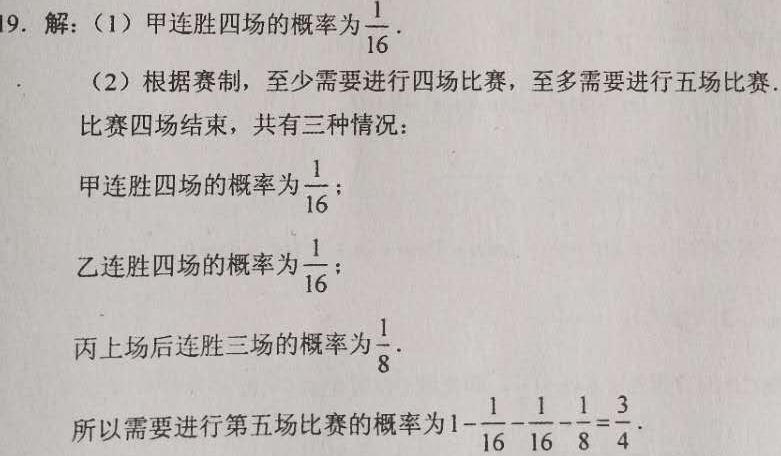
19. 解：（1）甲连胜四场的概率为$\frac{1}{16}$.
（2）根据赛制，至少需要进行四场比赛，至多需要进行五场比赛.
比赛四场结束，共有三种情况：
甲连胜四场的概率为$\frac{1}{16}$；
乙连胜四场的概率为$\frac{1}{16}$；
丙上场后连胜三场的概率为$\frac{1}{8}$.
所以需要进行第五场比赛的概率为$1 - \frac{1}{16} - \frac{1}{16} - \frac{1}{8} = \frac{3}{4}$.